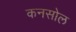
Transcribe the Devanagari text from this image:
कनसोल